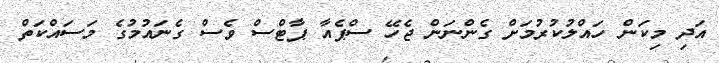
އަދި މިކަން ހައްލުކުރުމަށް ގެންނަން ޖެހޭ ސްޕެއާ ޕާޓްސް ވެސް ގެނައުމުގެ މަސައްކަތް